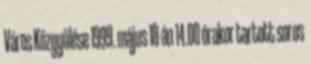
Város Közgyűlése 1999. május 18-án 14.00 órakor tartott soros